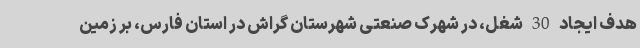
هدف ایجاد 30 شغل، در شهرک صنعتی شهرستان گراش در استان فارس، بر زمین